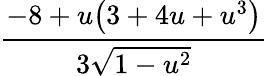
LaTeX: \frac{-8+u\big(3+4u+u^{3}\big)}{3\sqrt{1-u^{2}}}